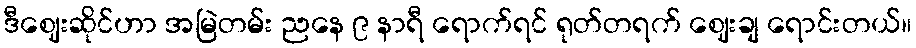
ဒီဈေးဆိုင်ဟာ အမြဲတမ်း ညနေ ၉ နာရီ ရောက်ရင် ရုတ်တရက် ဈေးချ ရောင်းတယ်။